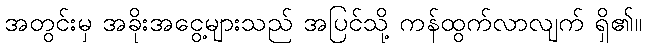
အတွင်းမှ အခိုးအငွေ့များသည် အပြင်သို့ ကန်ထွက်လာလျက် ရှိ၏။